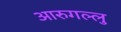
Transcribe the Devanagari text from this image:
आरुगल्लु